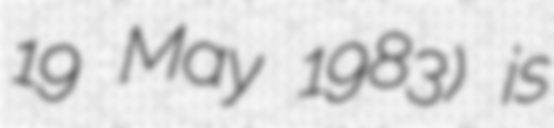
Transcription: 19 May 1983) is